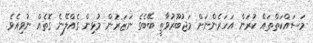
މަސައްކަތްތައް ކުރަން އަހަރެންނަށް މަޖުބޫރުވާތީ ބޭބެގެ ނަޒަރުން މުޅިން ގެއްލޭނެ ގޮތެއް ނުވިއެވެ.